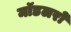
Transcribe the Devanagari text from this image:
मॉडलरों